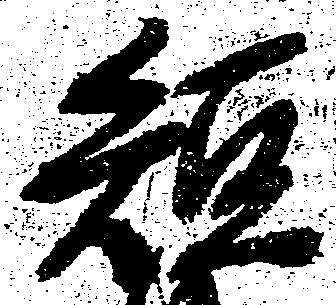
短